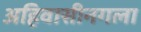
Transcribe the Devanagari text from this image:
अहिवासीनगला